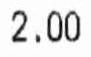
2.00